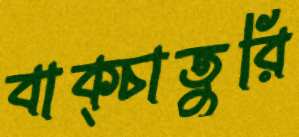
বাক্‌চাতুরি